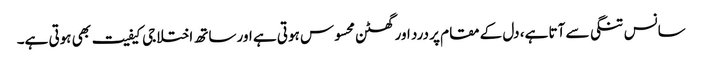
سانس تنگی سے آتا ہے، دل کے مقام پر درد اور گھٹن محسوس ہوتی ہے اور ساتھ اختلاجی کیفیت بھی ہوتی ہے۔